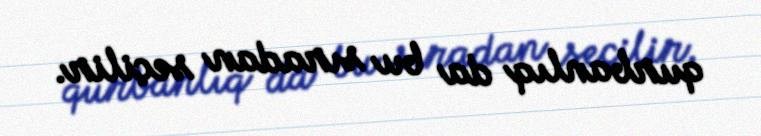
qurbanlıq da bu sıradan seçilir.